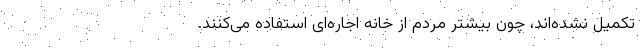
تکمیل نشده‌اند، چون بیشتر مردم از خانه اجاره‌ای استفاده می‌کنند.